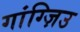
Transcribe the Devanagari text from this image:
गांग्ज़िउ